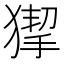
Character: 𤠵